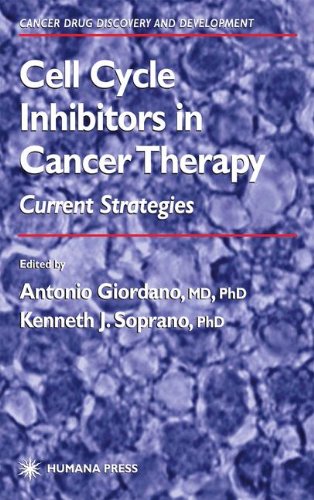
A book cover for Cell Cycle Inhibitors in Cancer Therapy: Current Strategies (Cancer Drug Discovery and Development); Medical Books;